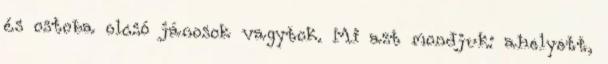
és ostoba olcsó jánosok vagytok. Mi azt mondjuk: ahelyett,